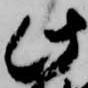
此